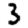
Digit: 3